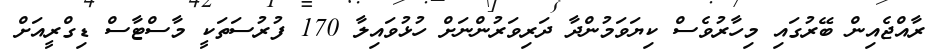
ރާއްޖެއިން ބޭރުގައި މިހާރުވެސް ކިޔަވަމުންދާ ދަރިވަރުންނަށް ހުޅުވައިލާ 170 ފުރުސަތަކީ މާސްޓާސް ޑިގްރީއަށް